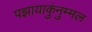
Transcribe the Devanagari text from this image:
पझायाकुंनुम्मल